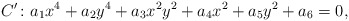
\begin{align*}C'\colon a_1x^4+a_2y^4+a_3x^2y^2+a_4x^2+a_5y^2+a_6=0,\end{align*}